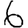
Digit: 6